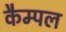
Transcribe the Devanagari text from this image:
कैम्पल